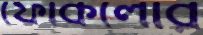
ফোকলোর